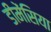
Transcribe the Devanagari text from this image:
डीमेंसिया